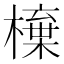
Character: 𣙆